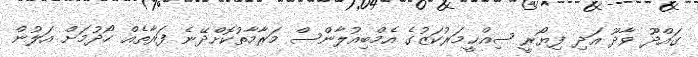
ގައްދޫ ވާދޫ އަދި ފިޔޯރީ ޞިއްޙީމަރުކަޒުގެ އެމްބިއުލާންސް މަރާމާތުކޮށްދޭނެ ފަރާތެއް ހޯދުމަށް އަލުން